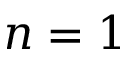
n = 1